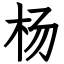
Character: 杨